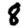
Digit: 8